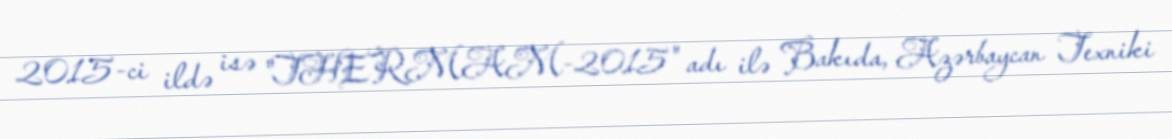
2015-ci ildə isə "THERMAM-2015" adı ilə Bakıda, Azərbaycan Texniki